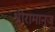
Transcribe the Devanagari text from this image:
श्रीरामानुज